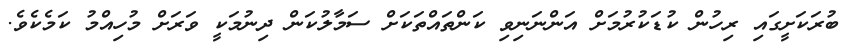
ބުރަކަށީގައި ރިހުން ކުޑަކުރުމަށް އަންނަނިވި ކަންތައްތަކަށް ސަމާލުކަން ދިނުމަކީ ވަރަށް މުހިއްމު ކަމެކެވެ.